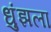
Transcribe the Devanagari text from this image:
धुंझला